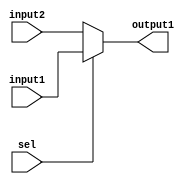
`timescale 1ns / 1ps
//////////////////////////////////////////////////////////////////////////////////
// Company: 
// Engineer: 
// 
// Design Name: 
// Module Name: MUX
// Project Name: 
// Target Devices: 
// Tool Versions: 
// Description: 
// 
// Dependencies: 
// 
// Revision:
// Revision 0.01 - File Created
// Additional Comments:
// 
//////////////////////////////////////////////////////////////////////////////////


module MUX(
    input [31:0] input1,
    input [31:0] input2,
    input sel,
    output wire [31:0] output1
    );
    assign output1=sel?input1:input2;
endmodule